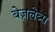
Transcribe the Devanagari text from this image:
बेज़लेव्स